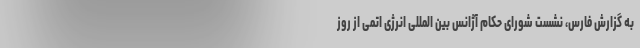
به گزارش فارس، نشست شورای حکام آژانس بین المللی انرژی اتمی از روز